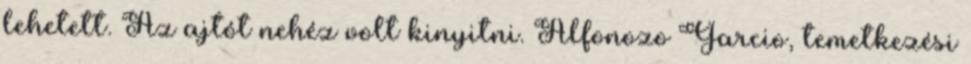
lehetett. Az ajtót nehéz volt kinyitni. Alfonozo Garcio, temetkezési